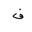
Letter: _fa